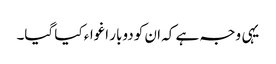
یہی وجہ ہے کہ ان کو دوبار اغواء کیا گیا۔